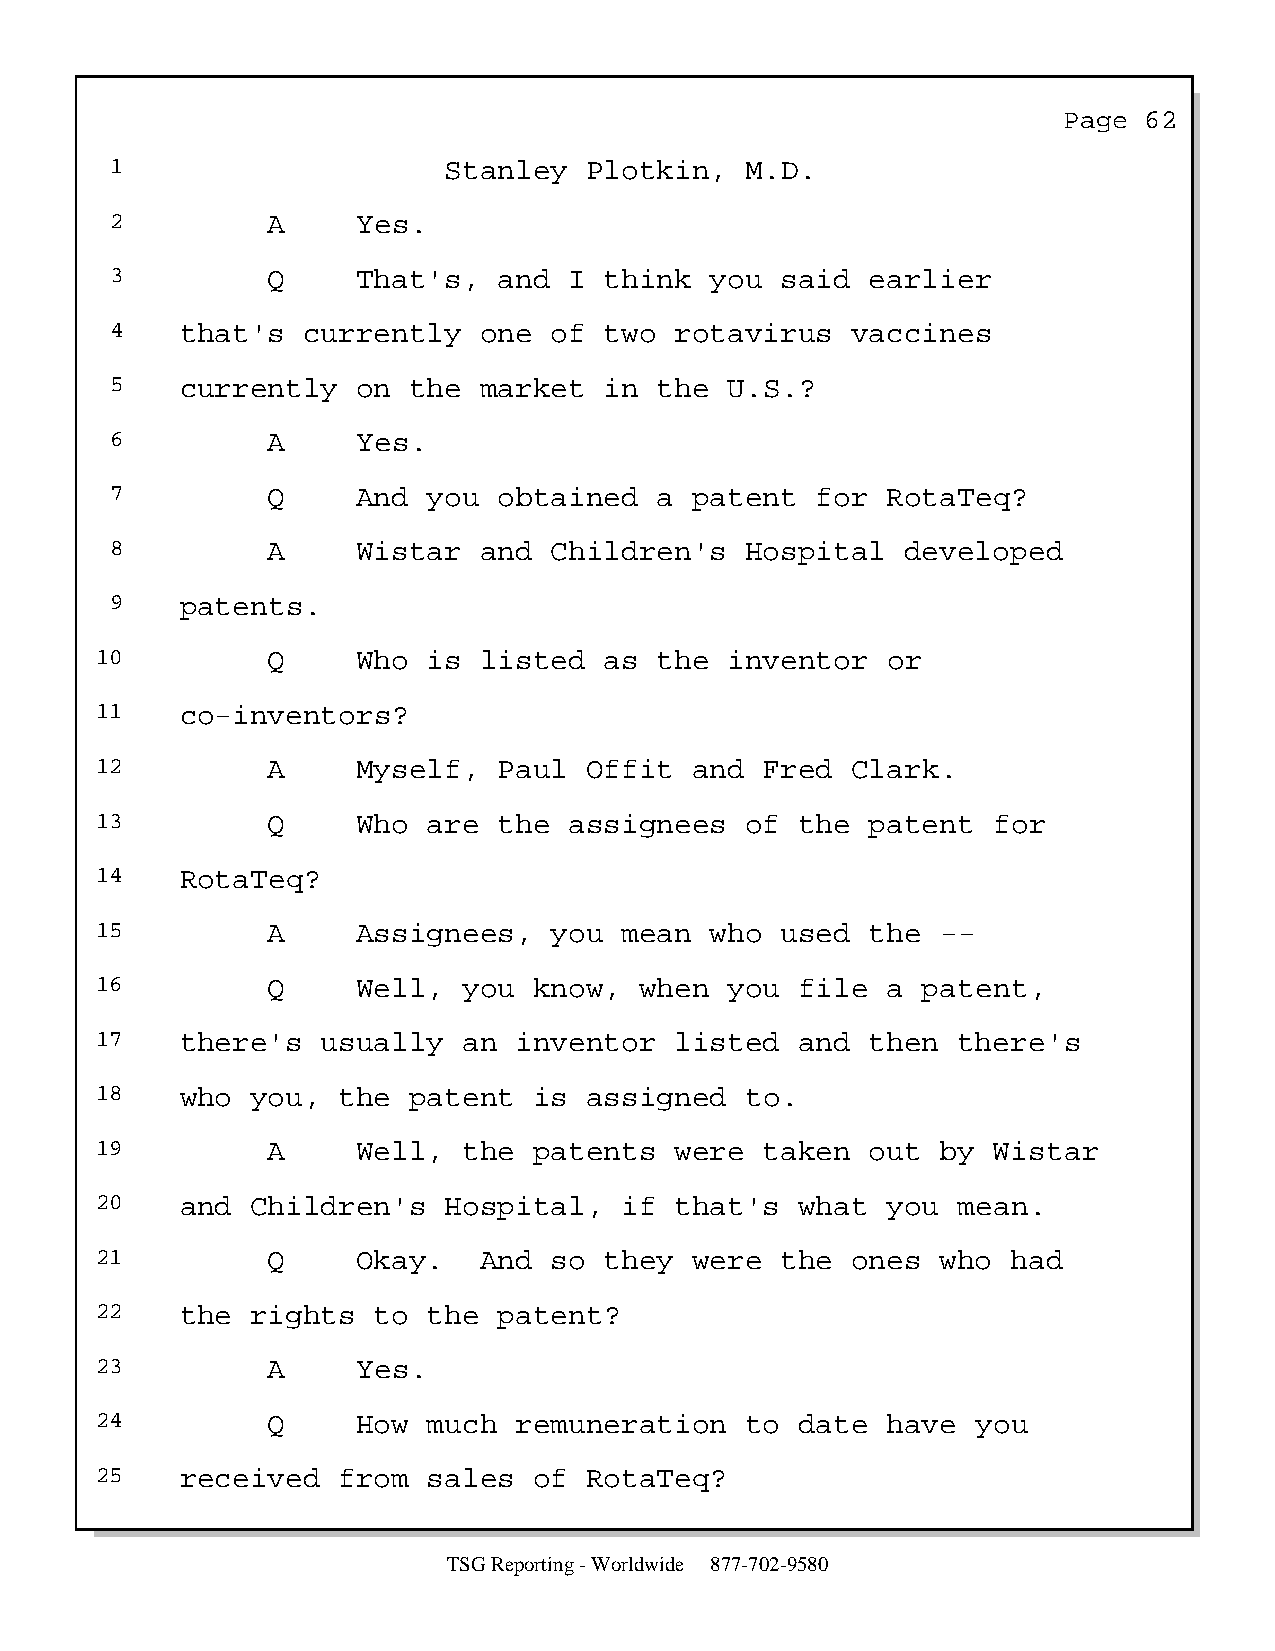
Page  62
 1                     Stanley   Plotkin,  M.D.
 2          A     Yes.
 3          Q     That's,  and  I think  you  said  earlier
 4    that's  currently   one of  two  rotavirus  vaccines
 5    currently   on the  market  in  the U.S.?
 6          A     Yes.
 7          Q     And you  obtained   a patent  for  RotaTeq?
 8          A     Wistar  and Children's   Hospital   developed
 9    patents.
 10          Q     Who is  listed  as  the inventor   or
 11    co-inventors?
 12          A     Myself,  Paul  Offit  and  Fred Clark.
 13          Q     Who are  the  assignees  of  the  patent  for
 14    RotaTeq?
 15          A     Assignees,  you  mean  who  used  the --
 16          Q     Well,  you know,  when  you  file  a patent,
 17    there's  usually   an inventor   listed  and  then there's
 18    who  you, the  patent  is  assigned  to.
 19          A     Well,  the patents   were  taken  out by  Wistar
 20    and  Children's  Hospital,   if  that's  what  you mean.
 21          Q     Okay.   And so  they  were  the ones  who  had
 22    the  rights  to the  patent?
 23          A     Yes.
 24          Q     How much  remuneration   to  date  have  you
 25    received  from  sales  of  RotaTeq?
 TSG Reporting - Worldwide 877-702-9580